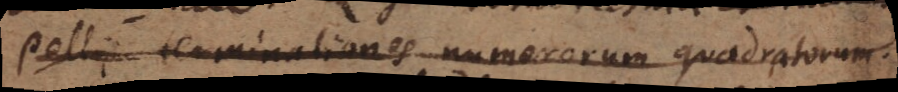
Pellii terminationes numerorum quadratorum